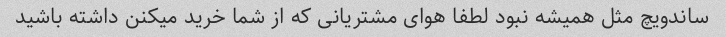
ساندویچ مثل همیشه نبود لطفا هوای مشتریانی که از شما خرید میکنن داشته باشید